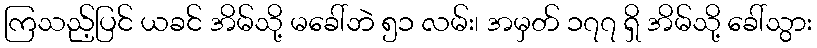
ကြသည့်ပြင် ယခင် အိမ်သို့ မခေါ်ဘဲ ၅၁ လမ်း၊ အမှတ် ၁၇၇ ရှိ အိမ်သို့ ခေါ်သွား